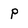
Character: p